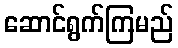
ဆောင်ရွက်ကြမည်